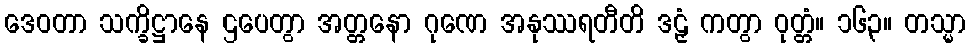
ဒေဝတာ သက္ခိဋ္ဌာနေ ဌပေတွာ အတ္တနော ဂုဏေ အနုဿရတီတိ ဒဠှံ ကတွာ ဝုတ္တံ။ ၁၆၃။ တသ္မာ